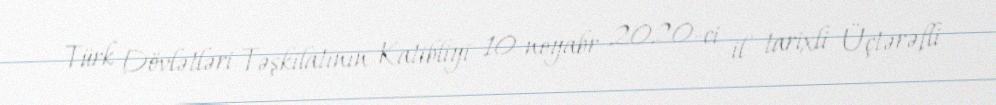
Türk Dövlətləri Təşkilatının Katibliyi 10 noyabr 2020-ci il tarixli Üçtərəfli